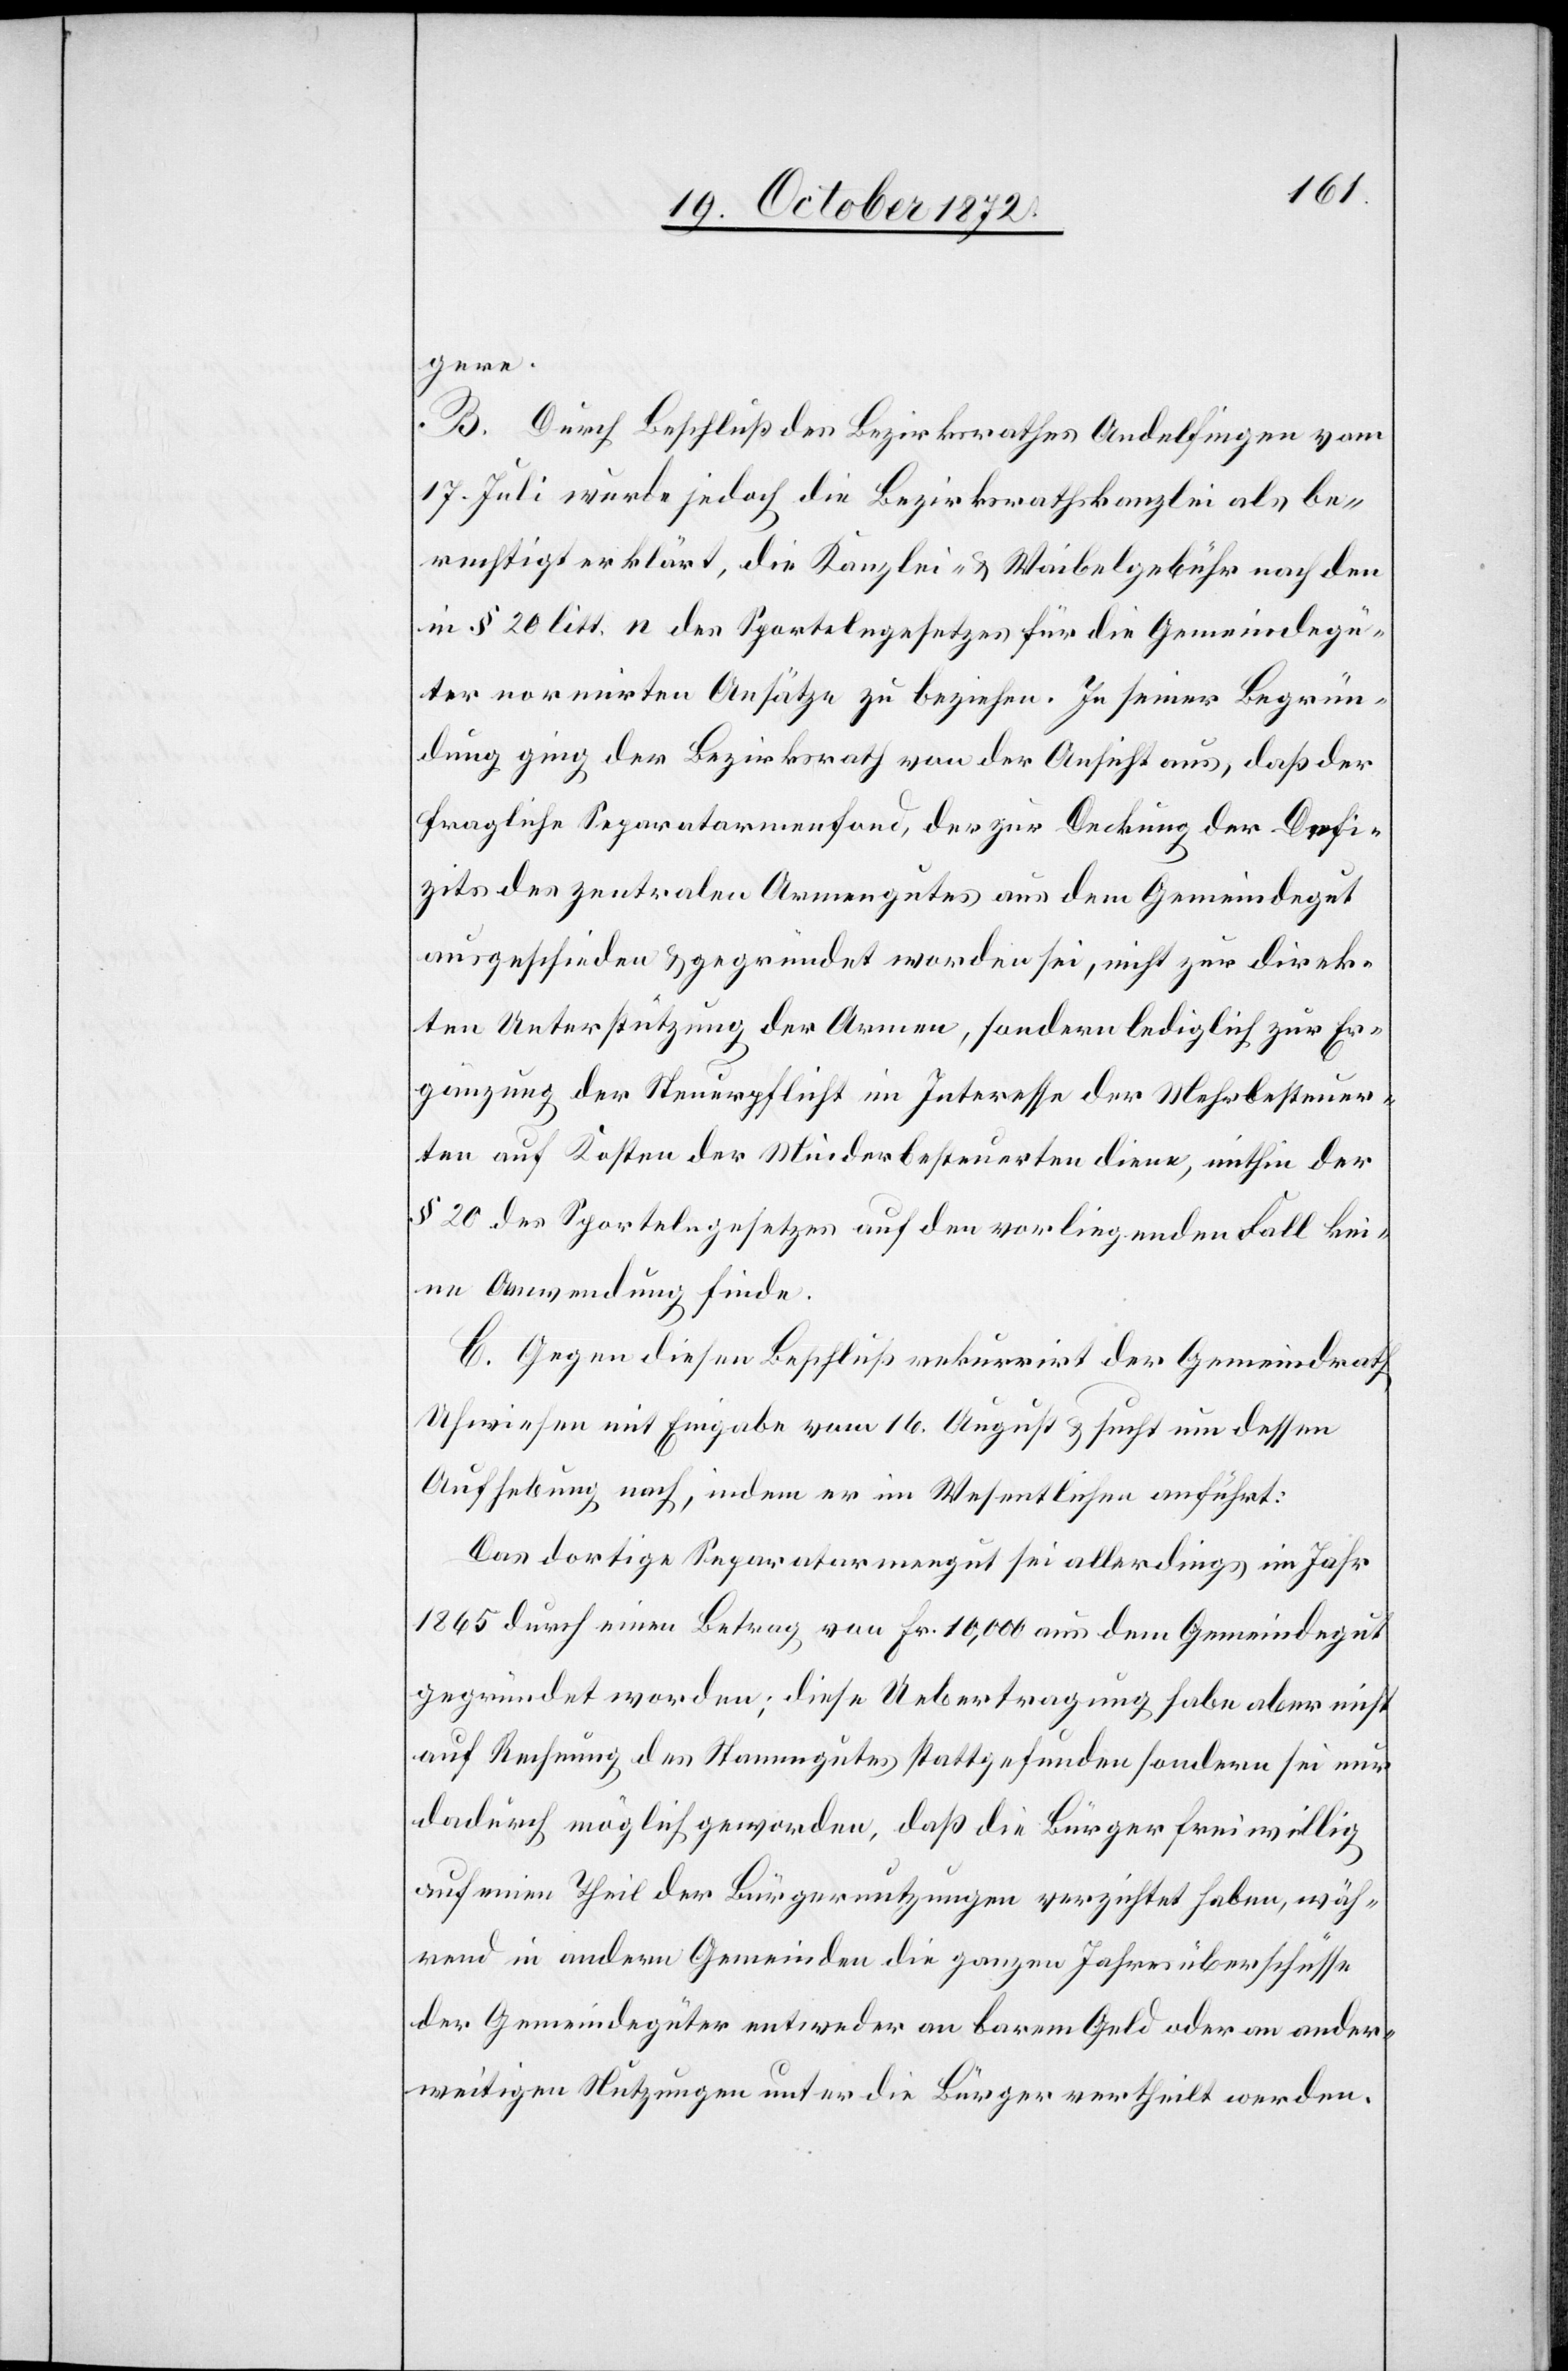
gere.
B. Durch Beschluß des Bezirksrathes Andelfingen vom
17. Juli wurde jedoch die Bezirksrathskanzlei als be¬
rechtigt erklärt, die Kanzlei- u. Waibelgebühr nach den
in § 20 litt. n des Sportelngesetzes für die Gemeindegü¬
ter normirten Ansätze zu beziehen. In seiner Begrün¬
dung ging der Bezirksrath von der Ansicht aus, daß der
fragliche Separatarmenfond, der zur Deckung der Defizits
des zentralen Armengutes aus dem Gemeindegut
ausgeschieden u. gegründet worden sei, nicht zur direk¬
ten Unterstützung der Armen, sondern lediglich zur Er¬
gänzung der Steuerpflicht im Interesse der Mehrbesteuer¬
ten auf Kosten der Minderbesteuerten diene, mithin der
§ 20 des Sportelngesetzes auf den vorliegenden Fall kei¬
ne Anwendung finde.
C. Gegen diesen Beschluß rekurrirt der Gemeindrath
Uhwiesen mit Eingabe vom 16. August u. sucht um dessen
Aufhebung nach, indem er im Wesentlichen anführt:
Das dortige Separatarmengut sei allerdings im Jahr
1865 durch einen Betrag von Fr. 10,000 aus dem Gemeindegut
gegründet worden; diese Uebertragung habe aber nicht
auf Rechnung des Stammgutes stattgefunden sondern sei nur
dadurch möglich geworden, daß die Bürger freiwillig
auf einen Theil der Bürgernutzungen verzichtet haben, wäh¬
rend in andern Gemeinden die ganzen Jahresüberschüsse
der Gemeindegüter entweder an barem Geld oder an ander¬
weitigen Nutzungen unter die Bürger vertheilt werden.